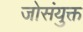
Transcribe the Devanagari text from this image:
जोसंयुक्त